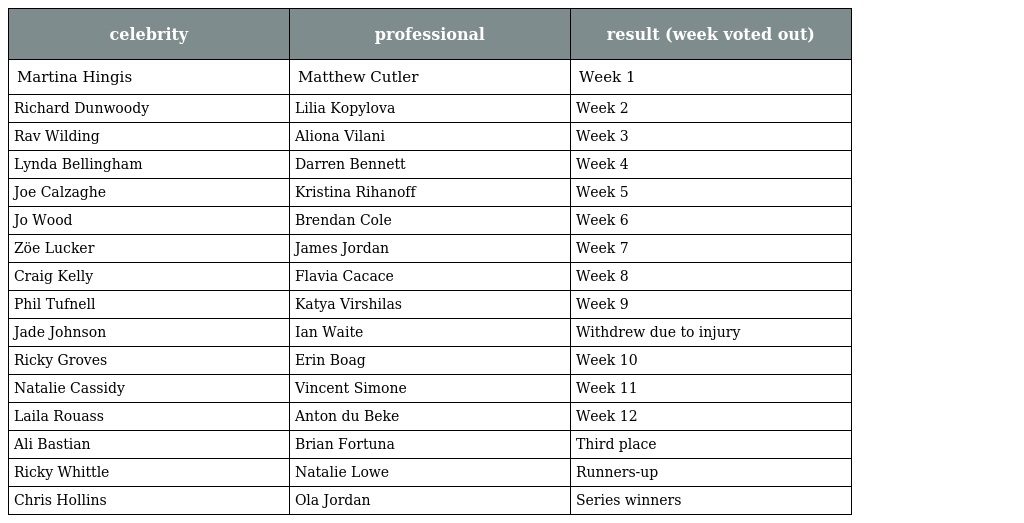
| celebrity | professional | result (week voted out) |
 | --- | --- | --- |
 | Martina Hingis | Matthew Cutler | Week 1 |
 | Richard Dunwoody | Lilia Kopylova | Week 2 |
 | Rav Wilding | Aliona Vilani | Week 3 |
 | Lynda Bellingham | Darren Bennett | Week 4 |
 | Joe Calzaghe | Kristina Rihanoff | Week 5 |
 | Jo Wood | Brendan Cole | Week 6 |
 | Zöe Lucker | James Jordan | Week 7 |
 | Craig Kelly | Flavia Cacace | Week 8 |
 | Phil Tufnell | Katya Virshilas | Week 9 |
 | Jade Johnson | Ian Waite | Withdrew due to injury |
 | Ricky Groves | Erin Boag | Week 10 |
 | Natalie Cassidy | Vincent Simone | Week 11 |
 | Laila Rouass | Anton du Beke | Week 12 |
 | Ali Bastian | Brian Fortuna | Third place |
 | Ricky Whittle | Natalie Lowe | Runners-up |
 | Chris Hollins | Ola Jordan | Series winners |